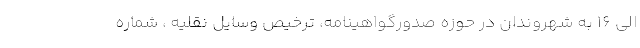
الی ۱۶ به شهروندان در حوزه صدورگواهینامه، ترخیص وسایل نقلیه ، شماره